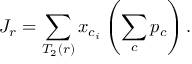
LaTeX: J _ { r } = \sum _ { T _ { 2 } ( r ) } x _ { c _ { i } } \left( \sum _ { c } p _ { c } \right) .